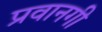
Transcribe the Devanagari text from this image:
प्रवानगी